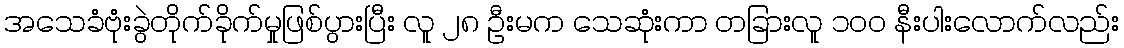
အသေခံဗုံးခွဲတိုက်ခိုက်မှုဖြစ်ပွားပြီး လူ ၂၈ ဦးမက သေဆုံးကာ တခြားလူ ၁၀၀ နီးပါးလောက်လည်း